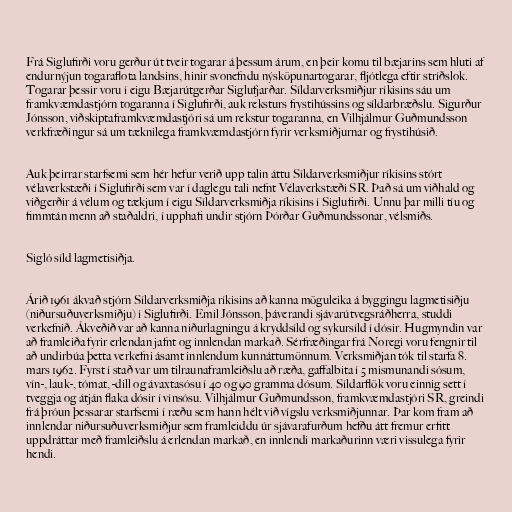
Frá Siglufirði voru gerður út tveir togarar á þessum árum, en þeir komu til bæjarins sem hluti af
endurnýjun togaraflota landsins, hinir svonefndu nýsköpunartogarar, fljótlega eftir stríðslok.
Togarar þessir voru í eigu Bæjarútgerðar Siglufjarðar. Síldarverksmiðjur ríkisins sáu um
framkvæmdastjórn togaranna í Siglufirði, auk reksturs frystihússins og síldarbræðslu. Sigurður
Jónsson, viðskiptaframkvæmdastjóri sá um rekstur togaranna, en Vilhjálmur Guðmundsson
verkfræðingur sá um tæknilega framkvæmdastjórn fyrir verksmiðjurnar og frystihúsið.

Auk þeirrar starfsemi sem hér hefur verið upp talin áttu Síldarverksmiðjur ríkisins stórt
vélaverkstæði í Siglufirði sem var í daglegu tali nefnt Vélaverkstæði SR. Það sá um viðhald og
viðgerðir á vélum og tækjum í eigu Síldarverksmiðja ríkisins í Siglufirði. Unnu þar milli tíu og
fimmtán menn að staðaldri, í upphafi undir stjórn Þórðar Guðmundssonar, vélsmiðs.

Sigló síld lagmetisiðja.

Árið 1961 ákvað stjórn Síldarverksmiðja ríkisins að kanna möguleika á byggingu lagmetisiðju
(niðursuðuverksmiðju) í Siglufirði. Emil Jónsson, þáverandi sjávarútvegsráðherra, studdi
verkefnið. Ákveðið var að kanna niðurlagningu á kryddsíld og sykursíld í dósir. Hugmyndin var
að framleiða fyrir erlendan jafnt og innlendan markað. Sérfræðingar frá Noregi voru fengnir til
að undirbúa þetta verkefni ásamt innlendum kunnáttumönnum. Verksmiðjan tók til starfa 8.
mars 1962. Fyrst í stað var um tilraunaframleiðslu að ræða, gaffalbita í 5 mismunandi sósum,
vín-, lauk-, tómat, -dill og ávaxtasósu í 40 og 90 gramma dósum. Síldarflök voru einnig sett í
tveggja og átján flaka dósir í vínsósu. Vilhjálmur Guðmundsson, framkvæmdastjóri SR, greindi
frá þróun þessarar starfsemi í ræðu sem hann hélt við vígslu verksmiðjunnar. Þar kom fram að
innlendar niðursuðuverksmiðjur sem framleiddu úr sjávarafurðum hefðu átt fremur erfitt
uppdráttar með framleiðslu á erlendan markað, en innlendi markaðurinn væri vissulega fyrir
hendi.